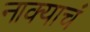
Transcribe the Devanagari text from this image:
नाक्याचं